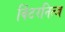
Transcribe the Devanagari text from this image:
विंटरनित्ज